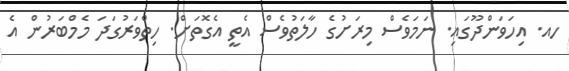
ހއ. އިހަވަންދޫގައި. ނަމަވެސް މިރަށުގެ ހާލަތުވެސް އެތީ އެގޮތަށް. ހިތްވަރުގަދަ މެމްބަރުން އެ